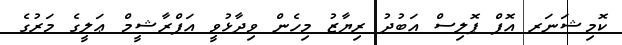
ކޮމިޝަނަރ އޮފް ޕޮލިސް އަބުދު ރިޔާޒު މިހެން ވިދާޅުވީ އަފްރާޝީމް ޢަލީގެ މަރުގެ